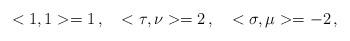
LaTeX: \begin{align*}<1,1>=1\,, \ \ \ <\tau ,\nu >=2\,, \ \ \ <\sigma ,\mu >=-2\,,\end{align*}